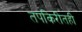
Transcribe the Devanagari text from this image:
तपकिरीतही